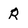
Character: R